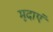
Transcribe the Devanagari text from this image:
मृदाएं